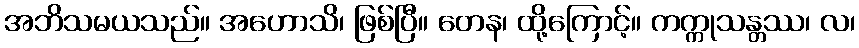
အဘိသမယသည်။ အဟောသိ၊ ဖြစ်ပြီ။ တေန၊ ထို့ကြောင့်။ ကက္ကုသန္တဿ၊ လ၊